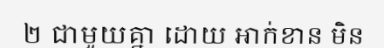
២ ជាមួយគ្នា ដោយ អាក់ខាន មិន